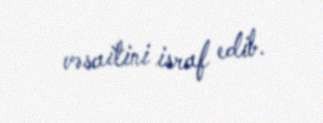
vəsaitini israf edib.